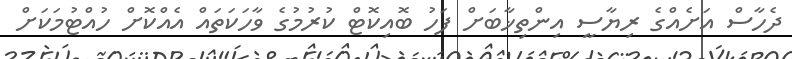
ދެހާސް އަށެއްގެ ރިޔާސީ އިންތިޚާބަށް ފަހު ބޮއިކޮޓް ކުރުމުގެ ވާހަކަަތައް އެއްކޮށް ހުއްޓުމަަކަށް